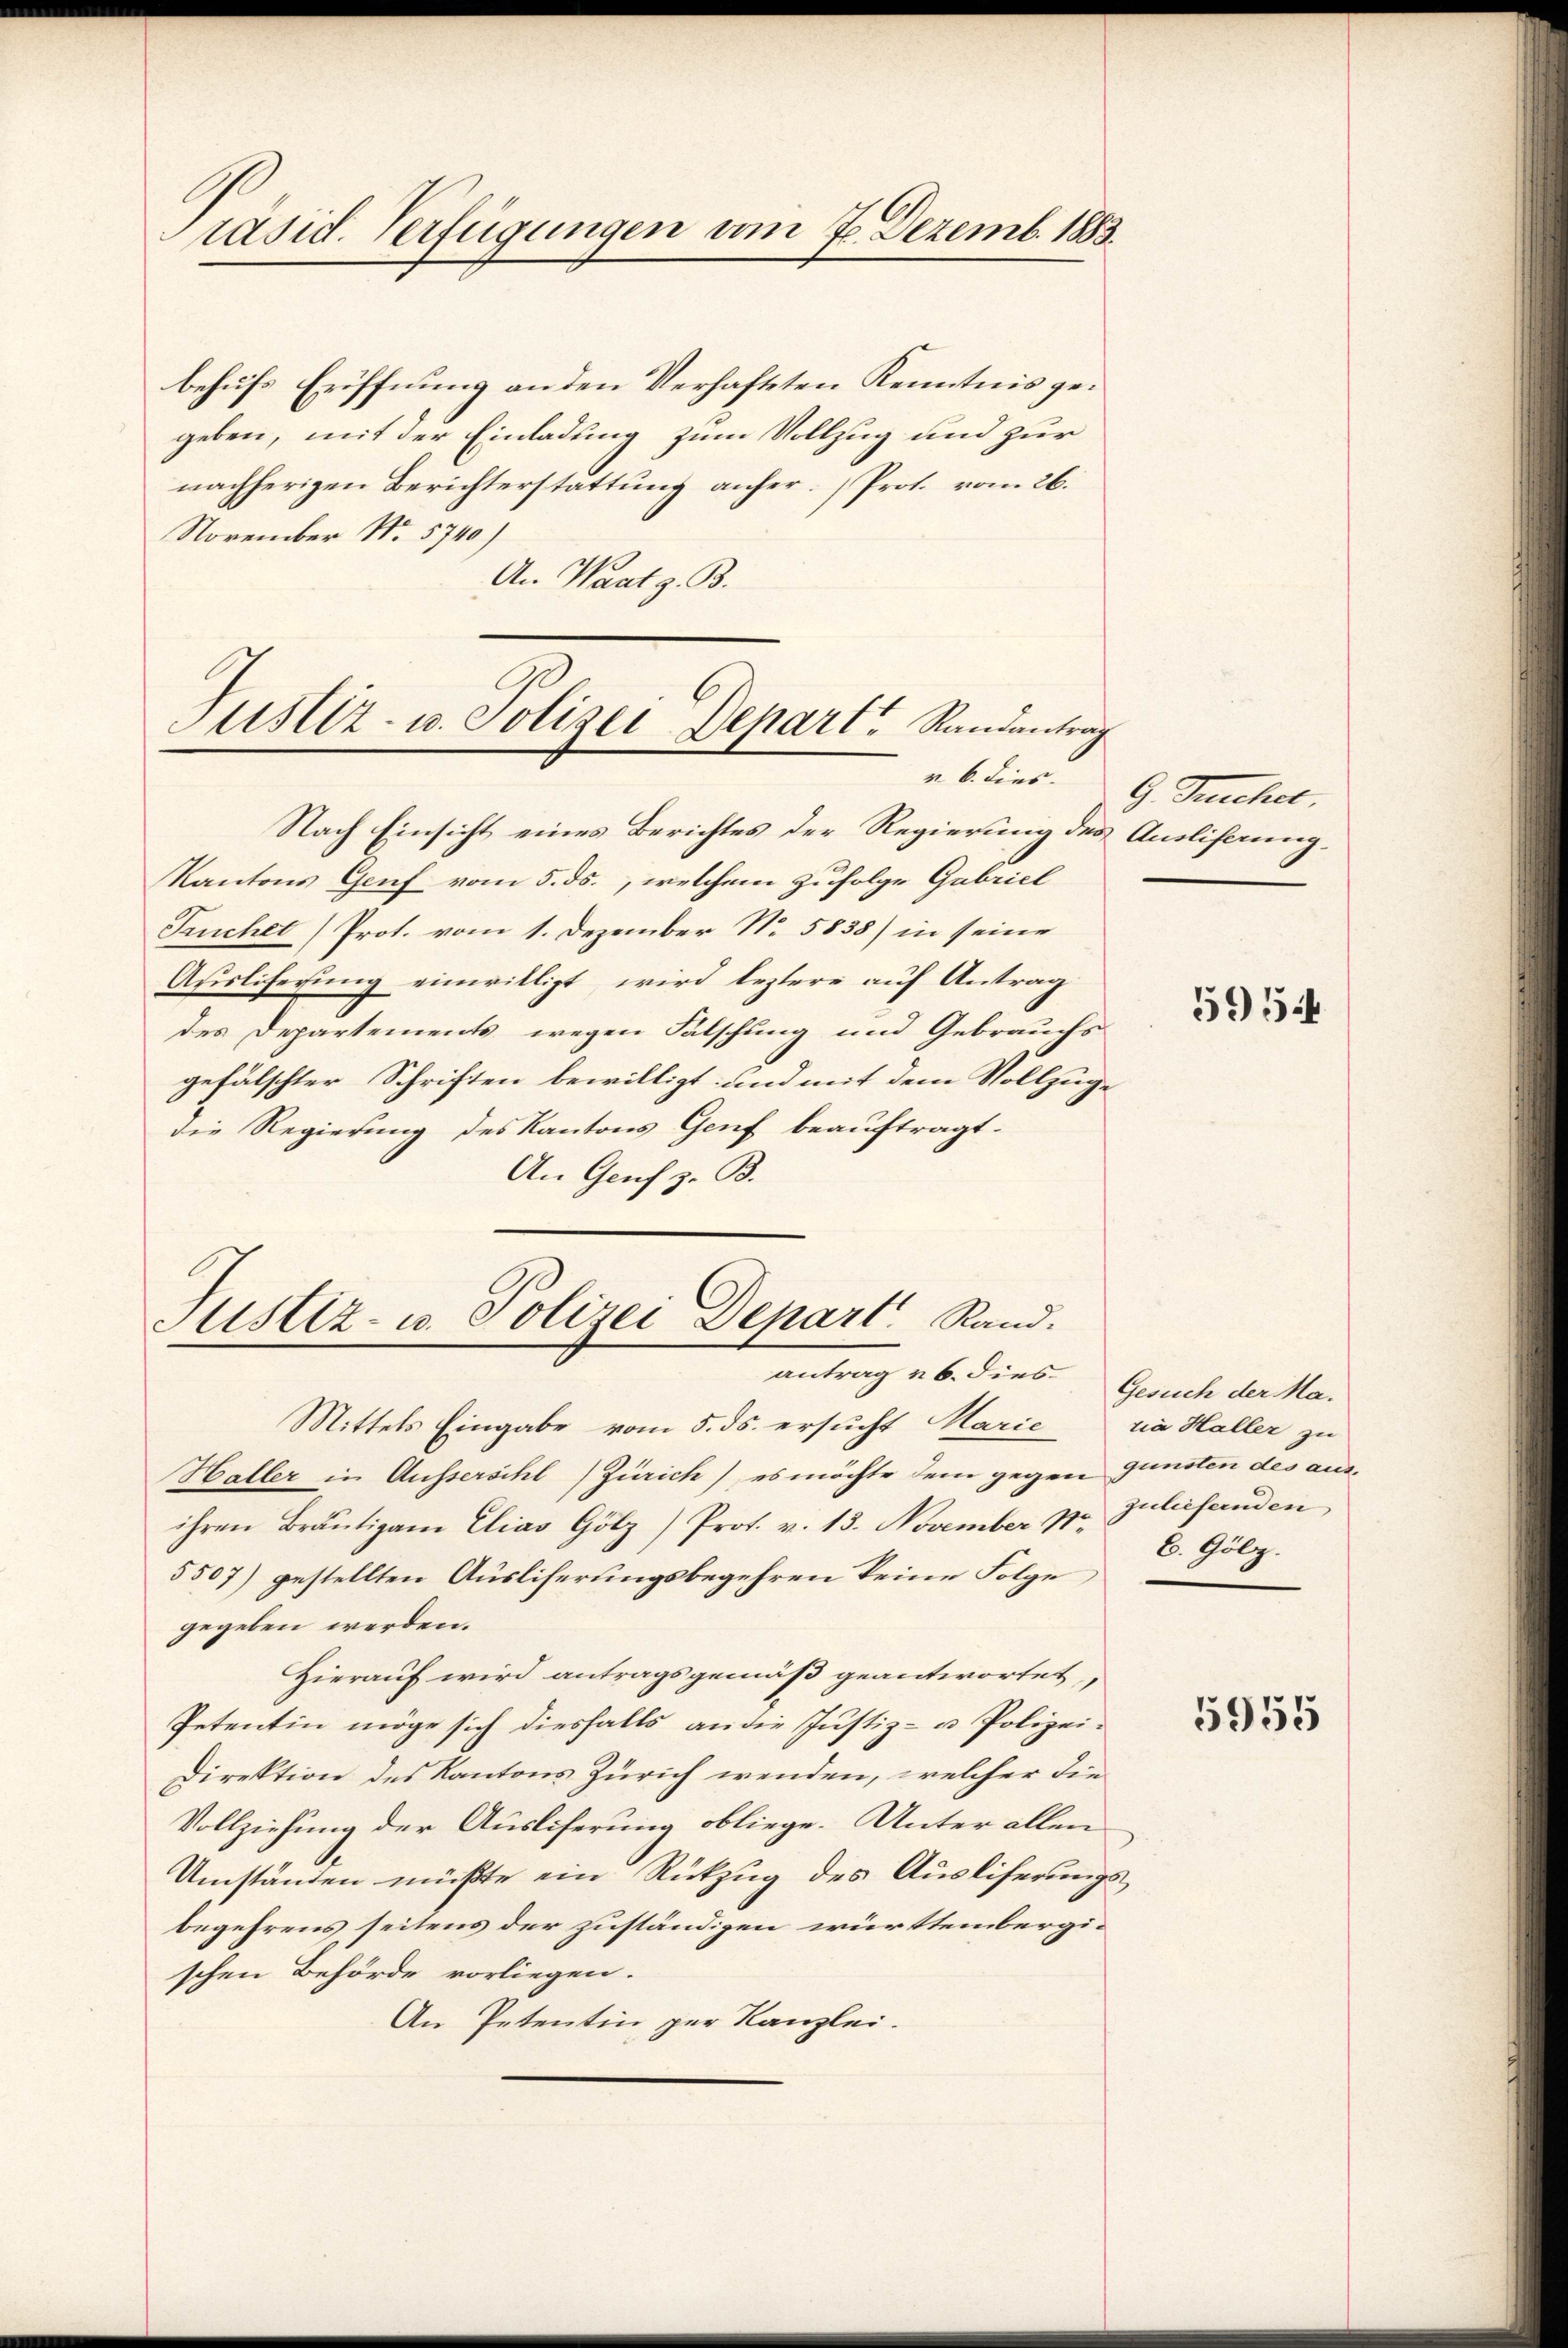
Präsid. Verfügungen vom 7. Dezemb. 1883.

behufs Eröffnung an den Verhafteten Kenntnis gegeben, mit der Einladung zum Vollzug und zur
nachherigen Berichterstattung anher. Prot. vom 26.
November No. 5740)
An Waadt z. B.

Justiz- u. Polizei Depart Randantrag
v. 6. dies

Nach Einsicht eines Berichtes der Regierung des Auslifaung¬
Kantons Genf vom 5. ds., welchem zufolge Gabriet
Truchet Prot. vom 1. Dezember No. 5835) in seine
Ausliferung einwilligt, wird leztere auf Antrag
des Departements wegen Fälschung und Gebrauchs
gefälschter Schriften bewilligt und mit dem Vollzüge
die Regierung des Kantons Genf beauftragt.
An Genf z. B.

Justiz- u. Polizei Depart Rand.
antrag ab. dies Gesuch der Ma-

G. Teuchel,

Mittels Eingabe vom 5. ds. ersucht Marie sia Haller zu
Haller in Aussersihl, Zürich), es möchte dem gegen Gunsten des aus
ihren Bräŭtigam Elias Götz) Prot. v. 13. November pr. Juliefernden
5507) gestellten Ausliferungsbegehren keine Folge,
gegeben werden.
Hierauf wird antragsgemäß geantwortet,
Petentin möge sich diesfalls an die Justiz- u. Polizei¬
Direktion des Kantons Zürich wenden, welcher die
Vollziehung der Ausliferung obliege. Unter allen
Umständen müßte ein Rückzug des Ausliferungsbegehrens seitens der zuständigen württembergischen Behörde vorliegen.
An Petentin zur Kanzlei.

5954

C. Gölz.

5955